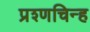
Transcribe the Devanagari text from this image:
प्रश्णचिन्ह